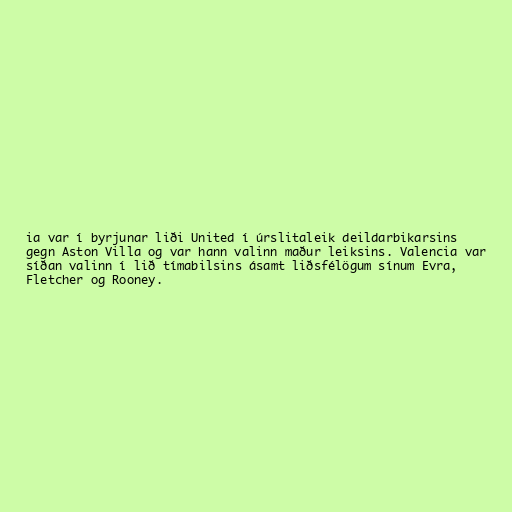
ia var í byrjunar liði United í úrslitaleik deildarbikarsins
gegn Aston Villa og var hann valinn maður leiksins. Valencia var
síðan valinn í lið tímabilsins ásamt liðsfélögum sínum Evra,
Fletcher og Rooney.